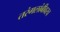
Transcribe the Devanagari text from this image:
तरंगलांबीवरच